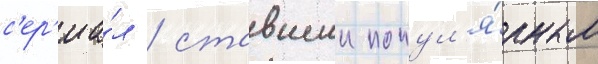
с'ер'иа́л / ставшии попул'я́рным